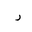
Letter: _ra